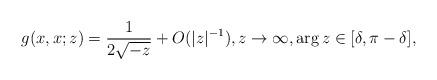
LaTeX: \begin{align*}g(x,x;z) = \frac 1{2\sqrt{-z}} + O(\lvert z\rvert^{-1}), z\to \infty, \arg z \in [\delta,\pi- \delta],\end{align*}